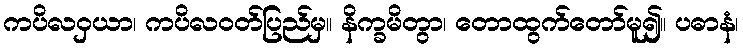
ကပိလဝှယာ၊ ကပိလဝတ်ပြည်မှ။ နိက္ခမိတွာ၊ တောထွက်တော်မူ၍။ ပဓာနံ၊